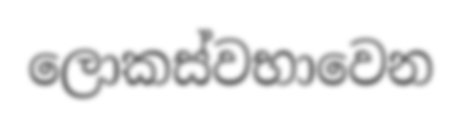
ලොකස්වභාවෙන